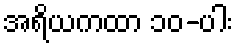
အရိယကထာ ၁၀-ပါး